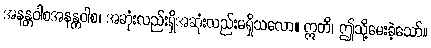
အနန္တဝါစအနန္တဝါစ၊ အဆုံးလည်းရှိအဆုံးလည်းမရှိသလော။ ဣတိ၊ ဤသို့မေးခဲ့သော်။